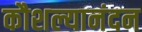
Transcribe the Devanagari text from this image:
कौशल्यानंदन